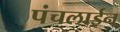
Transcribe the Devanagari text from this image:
पंचलाईन